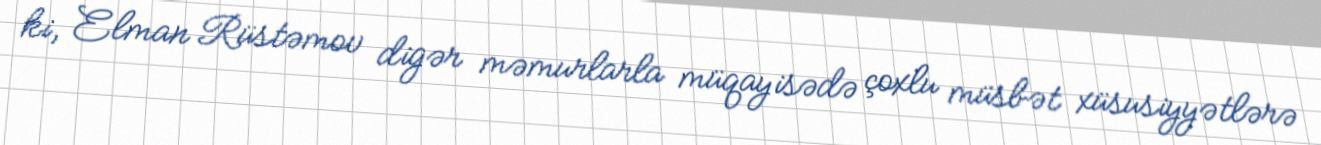
ki, Elman Rüstəmov digər məmurlarla müqayisədə çoxlu müsbət xüsusiyyətlərə